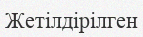
Жетілдірілген